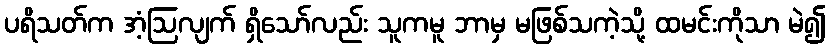
ပရိသတ်က အံ့ဩလျက် ရှိသော်လည်း သူကမူ ဘာမှ မဖြစ်သကဲ့သို့ ထမင်းကိုသာ မဲ၍